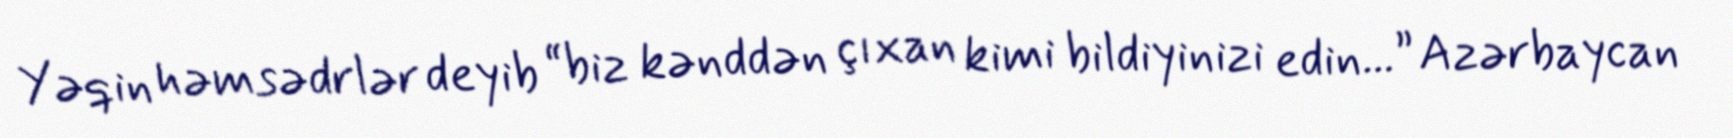
Yəqin həmsədrlər deyib “biz kənddən çıxan kimi bildiyinizi edin...” Azərbaycan